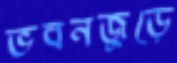
ভবনজুড়ে